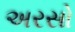
અરસો